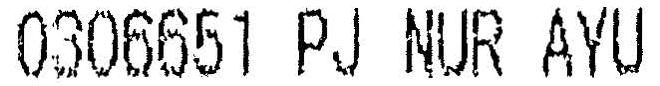
0306651 PJ NUR AYU